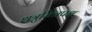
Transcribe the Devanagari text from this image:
शत्रुमित्रपक्ष